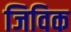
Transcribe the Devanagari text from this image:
जिविक